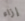
إزاء